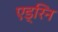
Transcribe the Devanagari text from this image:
एड्रिन